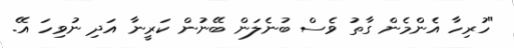
"ހުރިހާ އެންމެން ގާތު ވެސް ބުނެލަން ބޭނުން ކަރީނާ އަދި ނުވިހަ އޭ.